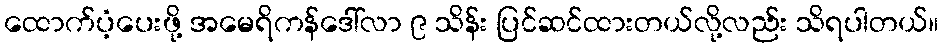
ထောက်ပံ့ပေးဖို့ အမေရိကန်ဒေါ်လာ ၉ သိန်း ပြင်ဆင်ထားတယ်လို့လည်း သိရပါတယ်။